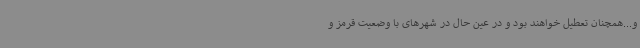
و...همچنان تعطیل خواهند بود و در عین حال در شهرهای با وضعیت قرمز و